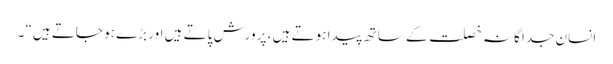
انسان جدا گانہ خصلت کے ساتھ پیدا ہوتے ہیں ، پرورش پاتے ہیں اور بڑے ہو جاتے ہیں“ ۔